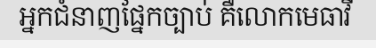
អ្នកជំនាញផ្នែកច្បាប់ គឺលោកមេធាវី